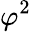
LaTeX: \varphi^{2}